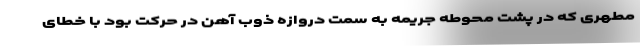
مطهری که در پشت محوطه جریمه به سمت دروازه ذوب آهن در حرکت بود با خطای